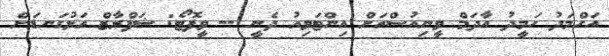
އަހްމަދު ހަމީދު އާދަމް ވީނިއުސްއަށް އިންޓަވިއު ދެނީ -- ވީފޮޓޯ: ޝަފްރާޒް އަޅުގަނޑަށް